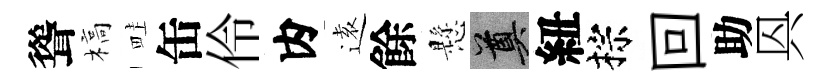
聳槁畦缶伶内逺餘懸奠紐棕回助㒷